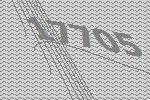
17705